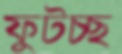
ফুটচ্ছ